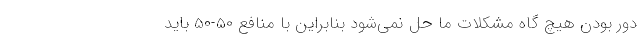
دور بودن هیچ گاه مشکلات ما حل نمی‌شود بنابراین با منافع 50-50 باید